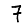
Digit: 7